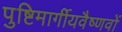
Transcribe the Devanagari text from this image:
पुष्टिमार्गीयवैष्णवों